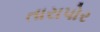
તારાપોર